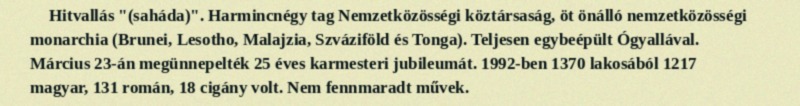
Hitvallás "(saháda)". Harmincnégy tag Nemzetközösségi köztársaság, öt önálló nemzetközösségi monarchia (Brunei, Lesotho, Malajzia, Szváziföld és Tonga). Teljesen egybeépült Ógyallával. Március 23-án megünnepelték 25 éves karmesteri jubileumát. 1992-ben 1370 lakosából 1217 magyar, 131 román, 18 cigány volt. Nem fennmaradt művek.